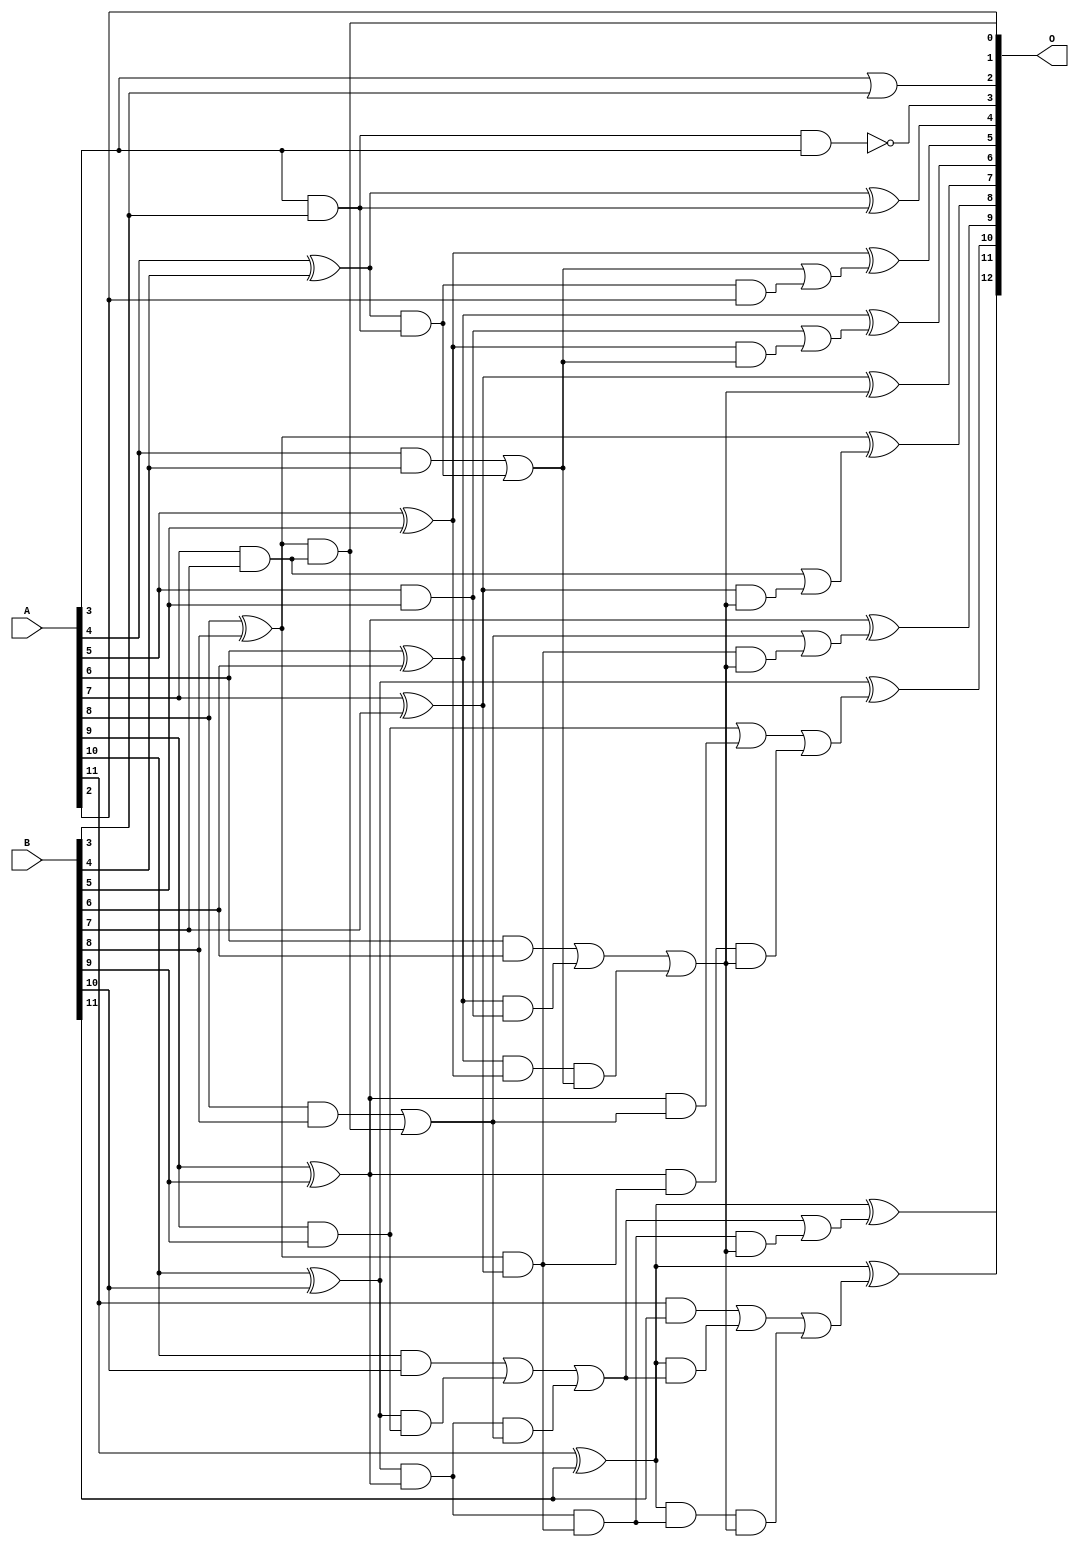
/***
* This code is a part of EvoApproxLib library (ehw.fit.vutbr.cz/approxlib) distributed under The MIT License.
* When used, please cite the following article(s): V. Mrazek, L. Sekanina, Z. Vasicek "Libraries of Approximate Circuits: Automated Design and Application in CNN Accelerators" IEEE Journal on Emerging and Selected Topics in Circuits and Systems, Vol 10, No 4, 2020 
* This file contains a circuit from a sub-set of pareto optimal circuits with respect to the pwr and ep parameters
***/
// MAE% = 0.066 %
// MAE = 2.7 
// WCE% = 0.22 %
// WCE = 9.0 
// WCRE% = 800.00 %
// EP% = 88.96 %
// MRE% = 1.07 %
// MSE = 11 
// PDK45_PWR = 0.042 mW
// PDK45_AREA = 99.5 um2
// PDK45_DELAY = 0.71 ns

module add12se_4ZY (
    A,
    B,
    O
);

input [11:0] A;
input [11:0] B;
output [12:0] O;

wire sig_29,sig_30,sig_31,sig_32,sig_33,sig_34,sig_35,sig_36,sig_37,sig_38,sig_39,sig_40,sig_41,sig_42,sig_43,sig_44,sig_45,sig_46,sig_47,sig_48;
wire sig_52,sig_53,sig_54,sig_55,sig_56,sig_57,sig_58,sig_59,sig_60,sig_61,sig_62,sig_63,sig_68,sig_70,sig_71,sig_73,sig_74,sig_75,sig_76,sig_77;
wire sig_78,sig_79,sig_81,sig_82,sig_83,sig_88,sig_89,sig_90,sig_91,sig_92,sig_93,sig_94,sig_95,sig_96,sig_97,sig_98,sig_99,sig_100,sig_103,sig_104;
wire sig_105,sig_106,sig_107,sig_108,sig_109,sig_110,sig_111,sig_112;

assign sig_29 = A[3] | B[3];
assign sig_30 = A[3] & B[3];
assign sig_31 = A[3] & B[3];
assign sig_32 = A[4] & B[4];
assign sig_33 = A[4] ^ B[4];
assign sig_34 = A[5] & B[5];
assign sig_35 = A[5] ^ B[5];
assign sig_36 = A[6] & B[6];
assign sig_37 = A[6] ^ B[6];
assign sig_38 = A[7] & B[7];
assign sig_39 = A[7] ^ B[7];
assign sig_40 = A[8] & B[8];
assign sig_41 = A[8] ^ B[8];
assign sig_42 = A[9] & B[9];
assign sig_43 = A[9] ^ B[9];
assign sig_44 = A[10] & B[10];
assign sig_45 = A[10] ^ B[10];
assign sig_46 = A[11] & B[11];
assign sig_47 = A[11] ^ B[11];
assign sig_48 = A[11] ^ B[11];
assign sig_52 = sig_33 & sig_30;
assign sig_53 = sig_33 & sig_31;
assign sig_54 = sig_32 | sig_52;
assign sig_55 = sig_37 & sig_34;
assign sig_56 = sig_37 & sig_35;
assign sig_57 = sig_36 | sig_55;
assign sig_58 = sig_41 & sig_38;
assign sig_59 = sig_41 & sig_39;
assign sig_60 = sig_40 | sig_58;
assign sig_61 = sig_45 & sig_42;
assign sig_62 = sig_45 & sig_43;
assign sig_63 = sig_44 | sig_61;
assign sig_68 = sig_35 & sig_54;
assign sig_70 = sig_34 | sig_68;
assign sig_71 = sig_56 & sig_54;
assign sig_73 = sig_57 | sig_71;
assign sig_74 = sig_43 & sig_60;
assign sig_75 = sig_43 & sig_59;
assign sig_76 = sig_42 | sig_74;
assign sig_77 = sig_62 & sig_60;
assign sig_78 = sig_62 & sig_59;
assign sig_79 = sig_63 | sig_77;
assign sig_81 = sig_30 | sig_31;
assign sig_82 = sig_53 & A[2];
assign sig_83 = sig_54 | sig_82;
assign sig_88 = sig_47 & sig_79;
assign sig_89 = sig_47 & sig_78;
assign sig_90 = sig_46 | sig_88;
assign sig_91 = sig_39 & sig_73;
assign sig_92 = sig_38 | sig_91;
assign sig_93 = sig_59 & sig_73;
assign sig_94 = sig_60 | sig_93;
assign sig_95 = sig_75 & sig_73;
assign sig_96 = sig_76 | sig_95;
assign sig_97 = sig_78 & sig_73;
assign sig_98 = sig_79 | sig_97;
assign sig_99 = sig_89 & sig_73;
assign sig_100 = sig_90 | sig_99;
assign sig_103 = ~(sig_31 & A[3]);
assign sig_104 = sig_33 ^ sig_81;
assign sig_105 = sig_35 ^ sig_83;
assign sig_106 = sig_37 ^ sig_70;
assign sig_107 = sig_39 ^ sig_73;
assign sig_108 = sig_41 ^ sig_92;
assign sig_109 = sig_43 ^ sig_94;
assign sig_110 = sig_45 ^ sig_96;
assign sig_111 = sig_47 ^ sig_98;
assign sig_112 = sig_48 ^ sig_100;

assign O[12] = sig_112;
assign O[11] = sig_111;
assign O[10] = sig_110;
assign O[9] = sig_109;
assign O[8] = sig_108;
assign O[7] = sig_107;
assign O[6] = sig_106;
assign O[5] = sig_105;
assign O[4] = sig_104;
assign O[3] = sig_103;
assign O[2] = sig_29;
assign O[1] = A[2];
assign O[0] = sig_58;

endmodule